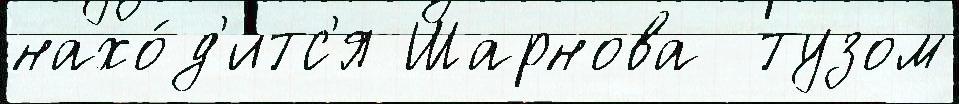
нахо́д'итс'я Шарнова  тузом